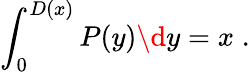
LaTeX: \int_{0}^{D(x)}P(y)\d y=x\; .